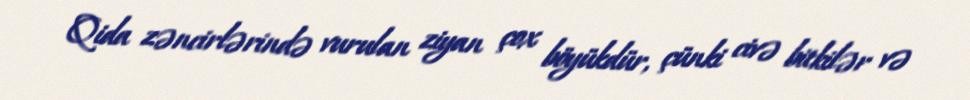
Qida zəncirlərində vurulan ziyan çox böyükdür, çünki civə bitkilər və